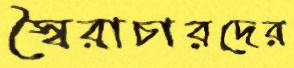
স্বৈরাচারদের